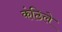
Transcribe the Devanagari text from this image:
कंठिले